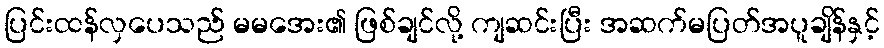
ပြင်းထန်လှပေသည် မမအေး၏ ဖြစ်ချင်လို့ ကျဆင်းပြီး အဆက်မပြတ်အပူချိန်နှင့်